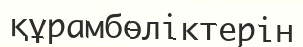
құрамбөліктерін